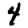
Digit: 4